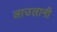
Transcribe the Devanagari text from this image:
लाउलानी